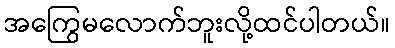
အကြွေမလောက်ဘူးလို့ထင်ပါတယ်။